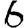
Digit: 6